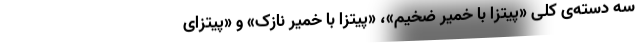
سه دسته‌ی کلی «پیتزا با خمیر ضخیم»، «پیتزا با خمیر نازک» و «پیتزای